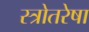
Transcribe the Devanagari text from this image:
स्त्रोतरेषा